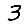
Digit: 3